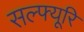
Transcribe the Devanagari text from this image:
सल्फ्यूरि